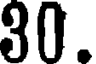
30.